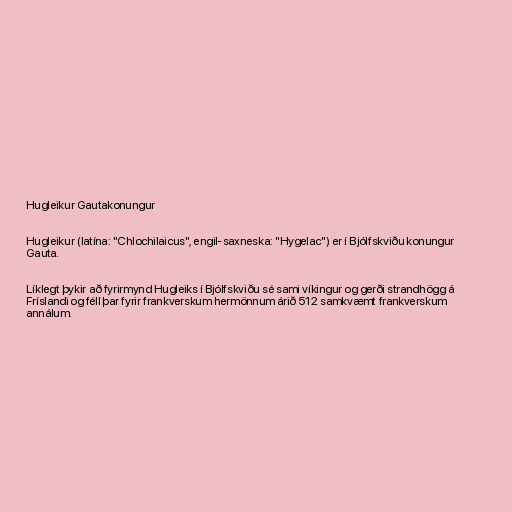
Hugleikur Gautakonungur

Hugleikur (latína: "Chlochilaicus", engil-saxneska: "Hygelac") er í Bjólfskviðu konungur
Gauta.

Líklegt þykir að fyrirmynd Hugleiks í Bjólfskviðu sé sami víkingur og gerði strandhögg á
Fríslandi og féll þar fyrir frankverskum hermönnum árið 512 samkvæmt frankverskum
annálum.